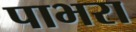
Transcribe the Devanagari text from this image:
पाभरा